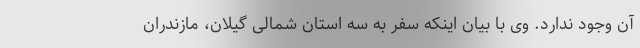
آن وجود ندارد. وی با بیان اینکه سفر به سه استان شمالی گیلان، مازندران